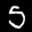
Label: 5